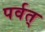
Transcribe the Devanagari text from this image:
पर्वत्